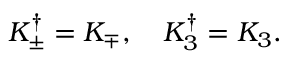
K _ { \pm } ^ { \dagger } = K _ { \mp } , \quad K _ { 3 } ^ { \dagger } = K _ { 3 } .